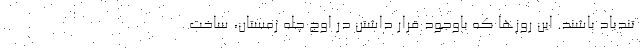
تندباد باشند. این روزها که باوجود قرار داشتن در اوج چله زمستان، ساخت